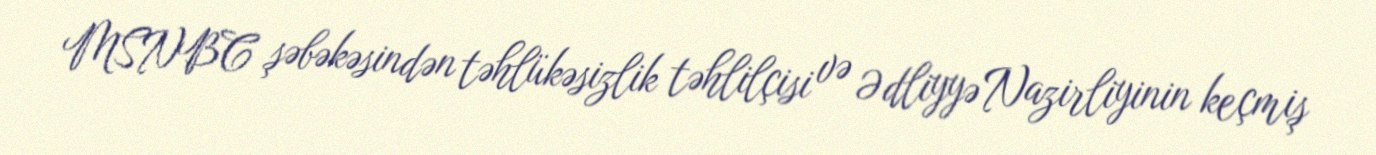
MSNBC şəbəkəsindən təhlükəsizlik təhlilçisi və Ədliyyə Nazirliyinin keçmiş